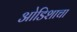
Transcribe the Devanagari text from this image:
ओडिशाचा